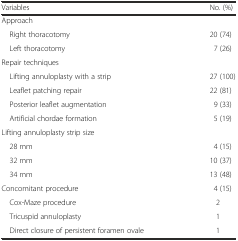
| Variables | No. (%) |
 | --- | --- |
 | Approach |  |
 | Right thoracotomy | 20 (74) |
 | Left thoracotomy | 7 (26) |
 | Repair techniques |  |
 | Lifting annuloplasty with a strip | 27 (100) |
 | Leaflet patching repair | 22 (81) |
 | Posterior leaflet augmentation | 9 (33) |
 | Artificial chordae formation | 5 (19) |
 | Lifting annuloplasty strip size |  |
 | 28 mm | 4 (15) |
 | 32 mm | 10 (37) |
 | 34 mm | 13 (48) |
 | Concomitant procedure | 4 (15) |
 | Cox-Maze procedure | 2 |
 | Tricuspid annuloplasty | 1 |
 | Direct closure of persistent foramen ovale | 1 |